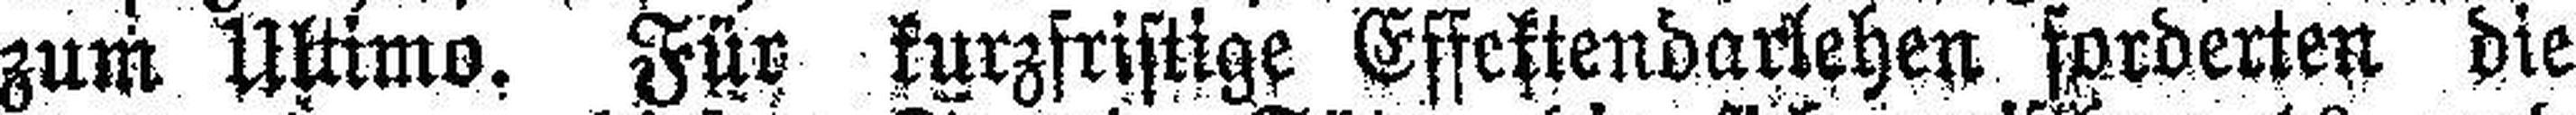
zum Ultimo, Für kurzfristige Effektendarlehen forderten die